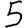
Digit: 5